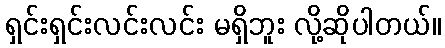
ရှင်းရှင်းလင်းလင်း မရှိဘူး လို့ဆိုပါတယ်။